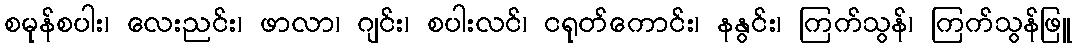
စမုန်စပါး၊ လေးညင်း၊ ဖာလာ၊ ဂျင်း၊ စပါးလင်၊ ငရုတ်ကောင်း၊ နနွင်း၊ ကြက်သွန်၊ ကြက်သွန်ဖြူ